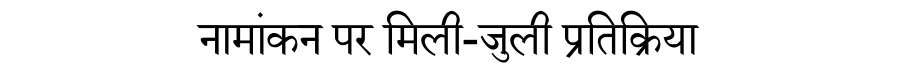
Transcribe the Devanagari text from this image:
नामांकन पर मिली-जुली प्रतिक्रिया